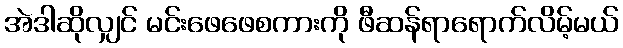
အဲဒါဆိုလျှင် မင်းဖေဖေစကားကို ဖီဆန်ရာရောက်လိမ့်မယ်